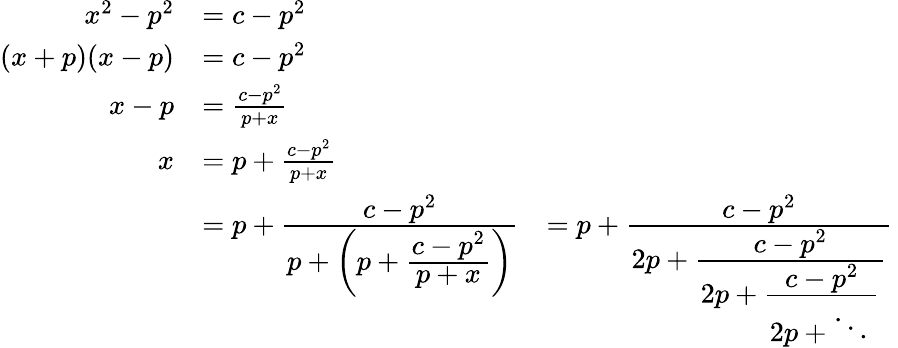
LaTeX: {\begin{array}{rlr}{x^{2}-p^{2}}&{=c-p^{2}}\\ {(x+p)(x-p)}&{=c-p^{2}}\\ {x-p}&{={\frac{c-p^{2}}{p+x}}}\\ {x}&{=p+{\frac{c-p^{2}}{p+x}}}\\ &{=p+{\cfrac{c-p^{2}}{p+\left(p+{\cfrac{c-p^{2}}{p+x}}\right)}}}&{=p+{\cfrac{c-p^{2}}{2p+{\cfrac{c-p^{2}}{2p+{\cfrac{c-p^{2}}{2p+\ddots\, }}}}}}\, }\end{array}}